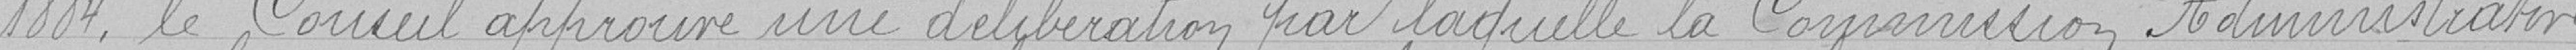
1884, le Conseil approuve une délibération par laquelle la Commission administrative